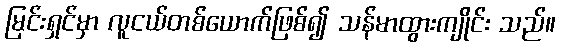
မြင်းရှင်မှာ လူငယ်တစ်ယောက်ဖြစ်၍ သန်မာထွားကျိုင်း သည်။